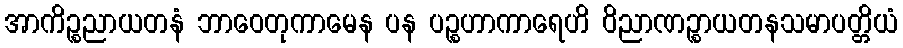
အာကိဉ္စညာယတနံ ဘာဝေတုကာမေန ပန ပဉ္စဟာကာရေဟိ ဝိညာဏဉ္စာယတနသမာပတ္တိယံ